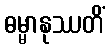
ဓမ္မာနုဿတိံ